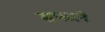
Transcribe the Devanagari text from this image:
सफरने